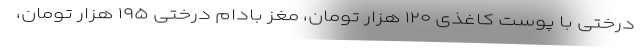
درختی با پوست کاغذی ۱۲۰ هزار تومان، مغز بادام درختی ۱۹۵ هزار تومان،